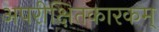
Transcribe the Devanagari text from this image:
अपरीक्षितकारकम्